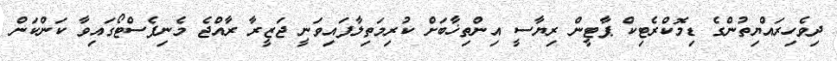
ދިވެހިރައްޔިތުންގެ ޑިމޮކްރެޓިކް ޕާޓީން ރިޔާސީ އިންތިޚާބަށް ކުރިމަތިލާފައިވަނީ ޖަޒީރާ ރާއްޖެ މެނިފެސްޓޯގައިވާ ކަންކަން